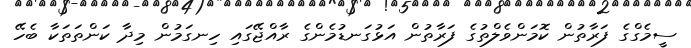
ސީމެގްގެ ފަރާތުން ކޮމަންވެލްތުގެ ފަރާތުން އަޅުގަނޑުމެންގެ ރާއްޖޭގައި ހިނގަމުން މިދާ ކަންތަތަކާ ބެހޭ